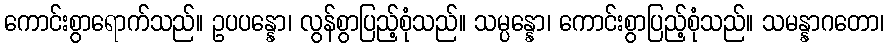
ကောင်းစွာရောက်သည်။ ဥပပန္နော၊ လွန်စွာပြည့်စုံသည်။ သမ္ပန္နော၊ ကောင်းစွာပြည့်စုံသည်။ သမန္နာဂတော၊